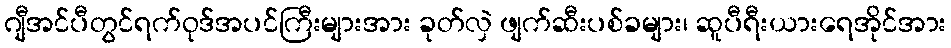
ဂျီအင်ပီတွင်ရက်ဝုဒ်အပင်ကြီးများအား ခုတ်လှဲ ဖျက်ဆီးပစ်ခများ၊ ဆူပီရီးယားရေအိုင်အား